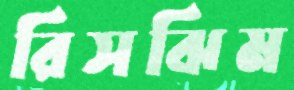
রিসঝিম